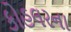
કોહલરના